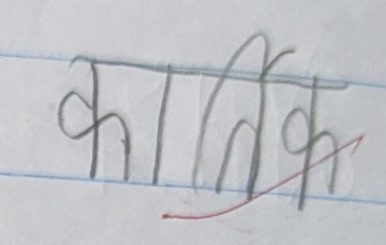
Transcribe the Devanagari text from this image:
कार्तिक